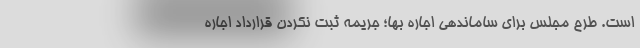
است. طرح مجلس برای ساماندهی اجاره‌ بها؛ جریمه ثبت نکردن قرارداد اجاره